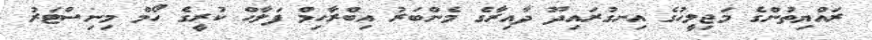
ރައްޔިތުންގެ މަޖިލީހުގެ އިނގުރައިދޫ ދާއިރާގެ މެންބަރު އިބްރާހިމް ފަލާހް ކުރީގެ ހޯމް މިނިސްޓަރު